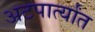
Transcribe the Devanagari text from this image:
अटपार्त्यांत